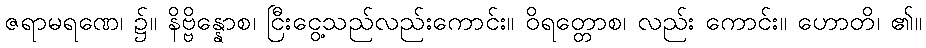
ဇရာမရဏေ၊ ၌။ နိဗ္ဗိန္နောစ၊ ငြီးငွေ့သည်လည်းကောင်း။ ဝိရတ္တောစ၊ လည်း ကောင်း။ ဟောတိ၊ ၏။